Tezpur Lunatic Asylum reports 1877-1894 - 1877-1894
Year: 1877
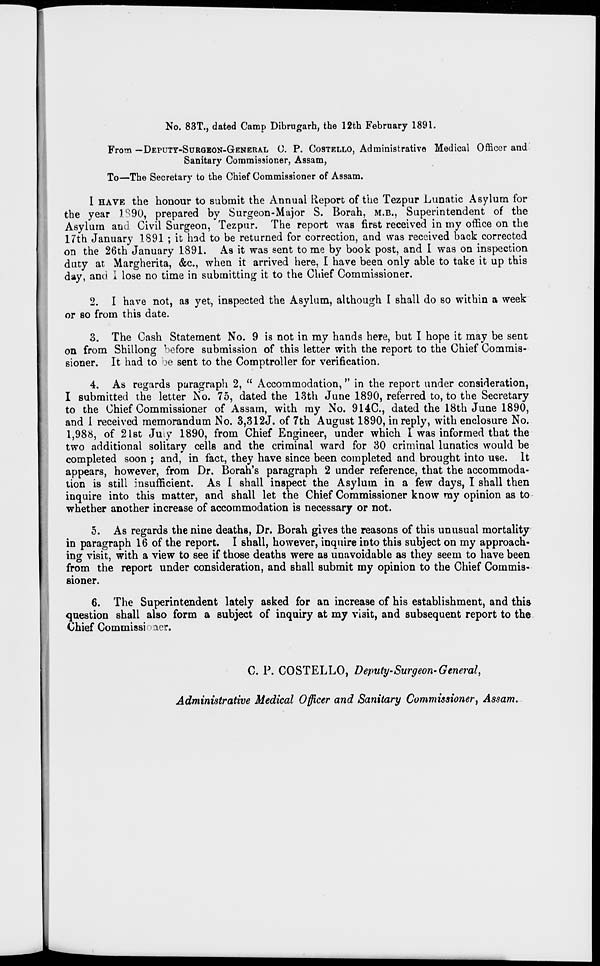
No. 83T., dated Camp Dibrugarh, the 12th February 1891.
From — DEPUTY-SUROEON-GENERAL 0. P. COSTELLO, Administrative Medical Officer and
Sanitary Commissioner, Assam,
To—The Secretary to the Chief Commissioner of Assam.
1 HAVE the honour to submit the Annual Report of the Tezpur Lunatic Asylum for
the year 1890, prepared by Surgeon-Major S. Borah, M.B., Superintendent of* the
Asylum and Civil Surgeon, Tezpur. The report was first received in my office on the
17th January 1891 ; it had to be returned for correction, and was received back corrected
on the 26th January 1891. As it was sent tome by book post, and I was on inspection
duty at Margherita, &c, when it arrived here, I have been only able to take it up this
day, and I lose no time in submitting it to the Chief Commissioner.
2. I have not, as yet, inspected the Asylum, although I shall do so within a week
or so from this date.
3. The Cash Statement No. 9 is not in my hands here, but I hope it may be sent
on from Shillong before submission of this letter with the report to the Chief Commis-
sioner. It had to jo. sent to the Comptroller for verification.
4. As regards paragraph 2, " Accommodation," in the report under consideration,
I submitted the letter No. 75, dated the 13th June 1890, referred to, to the Secretary
to the Chief Commissioner of Assam, with ray No. 914C, dated the 18th June 1890,
and 1 received memorandum No. 3,312J. of 7th August 1890, in reply, with enclosure No.
1,988, of 21st July 1890, from Chief Engineer, under which I was informed that the
two additional solitary cells and the criminal ward for 30 criminal lunatics would be
completed soon ; and, in fact, they have since been completed and brought into use. It
appears, however, from Dr. Borah's paragraph 2 under reference, that the accommoda-
tion is still insufficient. As I shall inspect the Asylum in a few days, I shall then
inquire into this matter, and shall let the Chief Commissioner know ray opinion as to
whether another increase of accommodation is necessary or not.
5. As regards the nine deaths, Dr. Borah gives the reasons of this unusual mortality
in paragraph 16 of the report. I shall, however, inquire into this subject on my approach-
ing visit, with a view to see if those deaths were as unavoidable as they seem to have been
from the report under consideration, and shall submit my opinion to the Chief Commis-
sioner.
6. The Superintendent lately asked for an increase of his establishment, and this
question shall also form a subject of inquiry at my visit, and subsequent report to the
Chief Commissi aer.
0. P. COSTELLO, Deputy-Surgeon-General,
Administrative Medical Officer and Sanitary Commissioner, Assam.